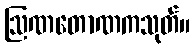
ဩဏတောဏကသုတ်။